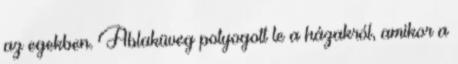
az egekben. Ablaküveg potyogott le a házakról, amikor a